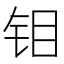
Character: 钼